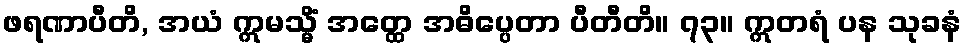
ဖရဏာပီတိ, အယံ ဣမသ္မိံ အတ္ထေ အဓိပ္ပေတာ ပီတီတိ။ ၇၃။ ဣတရံ ပန သုခနံ